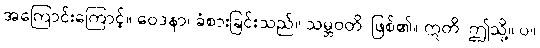
အကြောင်းကြောင့်။ ဝေဒနာ၊ ခံစားခြင်းသည်။ သမ္ဘဝတိ၊ ဖြစ်၏။ ဣတိ၊ ဤသို့။ ပ။